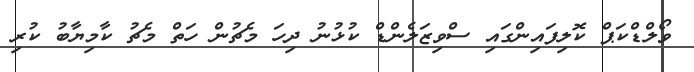
ވޯލްޑްކަޕް ކޮލިފައިންގައި ސްވިޒަލެންޑް ކުޅުނު ދިހަ މެޗުން ހަތް މެޗު ކާމިޔާބު ކުރި